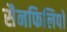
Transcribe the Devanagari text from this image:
सैनफिलिपो